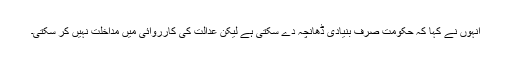
انہوں نے کہا کہ حکومت صرف بنیادی ڈھانچہ دے سکتی ہے لیکن عدالت کی کارروائی میں مداخلت نہیں کر سکتی۔